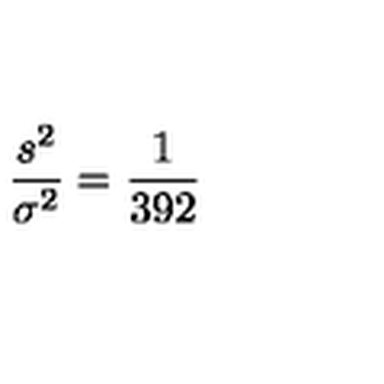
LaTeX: \frac { s ^ { 2 } } { \sigma ^ { 2 } } = \frac { 1 } { 3 9 2 }